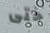
حتى